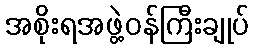
အစိုးရအဖွဲ့ဝန်ကြီးချုပ်